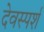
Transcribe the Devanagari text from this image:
देवस्पर्श